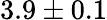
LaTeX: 3.9\pm 0.1